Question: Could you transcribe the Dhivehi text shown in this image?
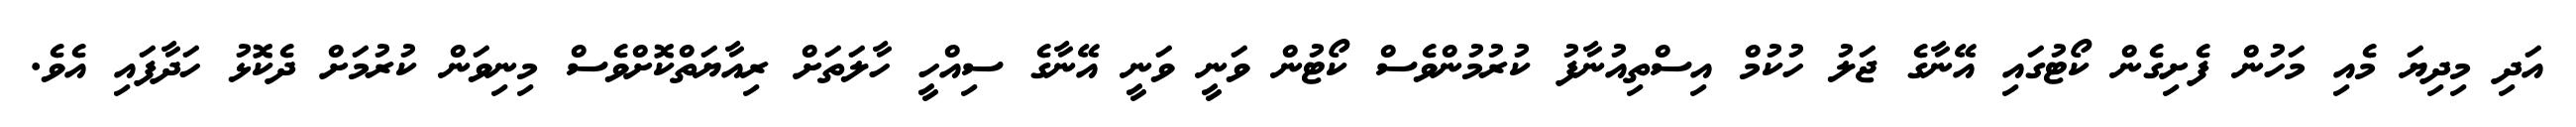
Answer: އަދި މިދިޔަ މެއި މަހުން ފެށިގެން ކޯޓުގައި އޭނާގެ ޖަލު ހުކުމް އިސްތިއުނާފު ކުރުމުންވެސް ކޯޓުން ވަނީ ވަނީ އޭނާގެ ސިއްހީ ހާލަތަށް ރިއާޔަތްކޮށްވެސް މިނިވަން ކުރުމަށް ދެކޮޅު ހަދާފައި އެވެ.